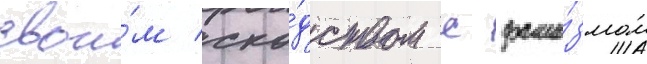
свои́м схо́дством с фаши́змом